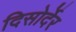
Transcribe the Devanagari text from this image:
दिसोर्देर